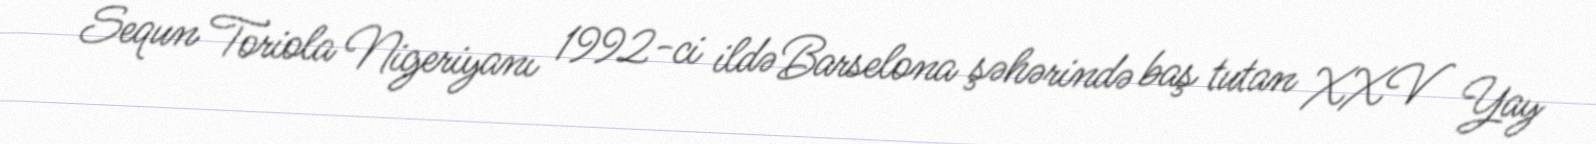
Sequn Toriola Nigeriyanı 1992-ci ildə Barselona şəhərində baş tutan XXV Yay